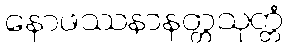
နောဖဿနာနတ္တသုတ္တံ